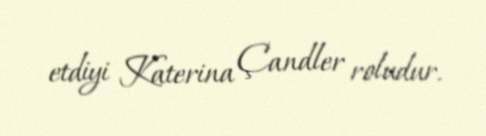
etdiyi Katerina Çandler roludur.